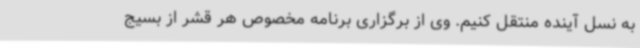
به نسل آینده منتقل کنیم. وی از برگزاری برنامه مخصوص هر قشر از بسیج